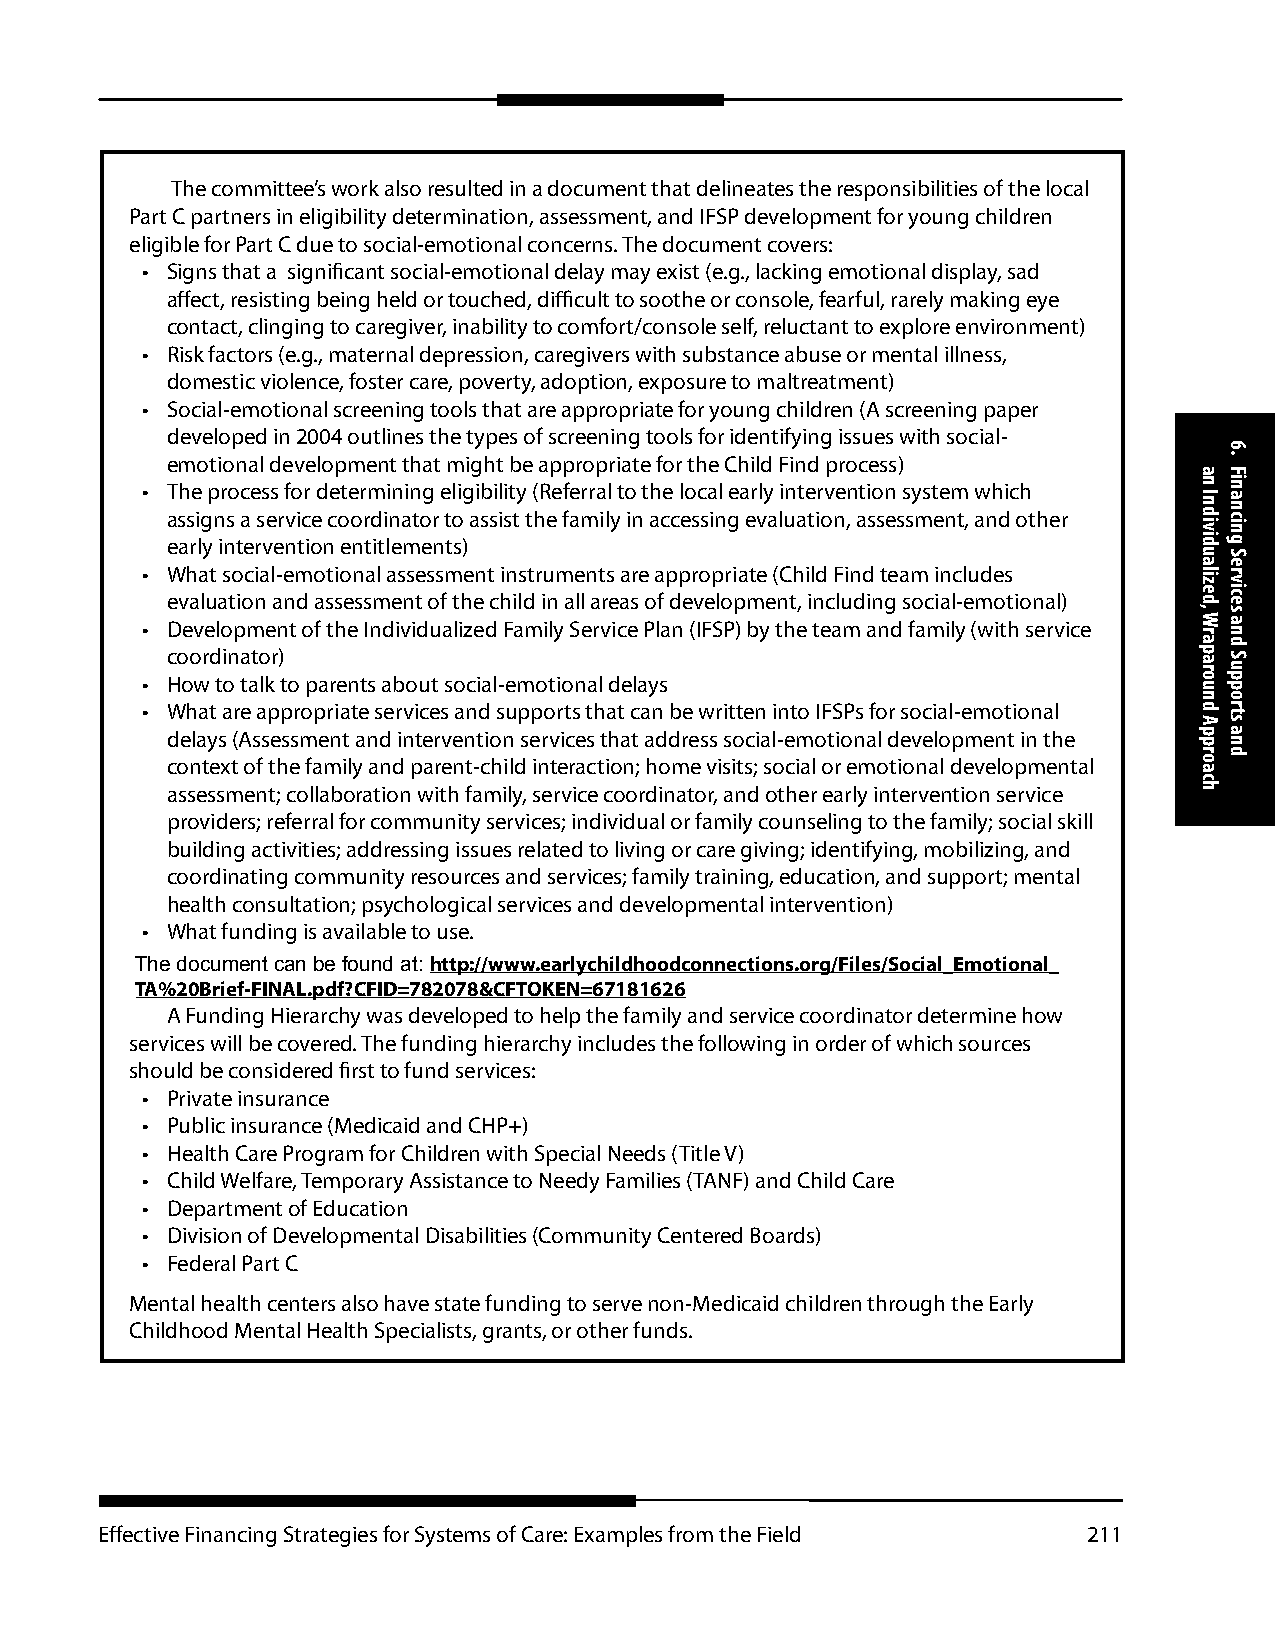
The committee’s work also resulted in a document that delineates the responsibilities of the local
 Part C partners in eligibility determination, assessment, and IFSP development for young children
 eligible for Part C due to social-emotional concerns. The document covers:
 • Signs that a significant social-emotional delay may exist (e.g., lacking emotional display, sad
 affect, resisting being held or touched, difficult to soothe or console, fearful, rarely making eye
 contact, clinging to caregiver, inability to comfort/console self, reluctant to explore environment)
 • Risk factors (e.g., maternal depression, caregivers with substance abuse or mental illness,
 domestic violence, foster care, poverty, adoption, exposure to maltreatment)
 • Social-emotional screening tools that are appropriate for young children (A screening paper
 developed in 2004 outlines the types of screening tools for identifying issues with social-
 emotional development that might be appropriate for the Child Find process)
 • The process for determining eligibility (Referral to the local early intervention system which
 assigns a service coordinator to assist the family in accessing evaluation, assessment, and other
 early intervention entitlements)
 • What social-emotional assessment instruments are appropriate (Child Find team includes
 evaluation and assessment of the child in all areas of development, including social-emotional)
 • Development of the Individualized Family Service Plan (IFSP) by the team and family (with service
 coordinator)
 • How to talk to parents about social-emotional delays
 • What are appropriate services and supports that can be written into IFSPs for social-emotional
 delays (Assessment and intervention services that address social-emotional development in the
 context of the family and parent-child interaction; home visits; social or emotional developmental
 assessment; collaboration with family, service coordinator, and other early intervention service
 providers; referral for community services; individual or family counseling to the family; social skill
 building activities; addressing issues related to living or care giving; identifying, mobilizing, and
 coordinating community resources and services; family training, education, and support; mental
 health consultation; psychological services and developmental intervention)
 • What funding is available to use.
 The document can be found at: http://www.earlychildhoodconnections.org/Files/Social_Emotional_
 TA%20Brief-FINAL.pdf?CFID=782078&CFTOKEN=67181626
 A Funding Hierarchy was developed to help the family and service coordinator determine how
 services will be covered. The funding hierarchy includes the following in order of which sources
 should be considered first to fund services:
 • Private insurance
 • Public insurance (Medicaid and CHP+)
 • Health Care Program for Children with Special Needs (Title V)
 • Child Welfare, Temporary Assistance to Needy Families (TANF) and Child Care
 • Department of Education
 • Division of Developmental Disabilities (Community Centered Boards)
 • Federal Part C
 Mental health centers also have state funding to serve non-Medicaid children through the Early
 Childhood Mental Health Specialists, grants, or other funds.
 Effective Financing Strategies for Systems of Care: Examples from the Field 211
 an
 Individualized,
 Wraparound
 Approach
 6.
 Financing
 Services
 and
 Supports
 and